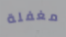
مغفلة